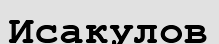
Исакулов